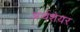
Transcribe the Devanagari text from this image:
अर्थशेयर